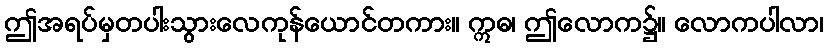
ဤအရပ်မှတပါးသွားလေကုန်ယောင်တကား။ ဣဓ၊ ဤလောက၌။ လောကပါလာ၊